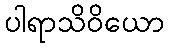
ပါရာသိဝိယော